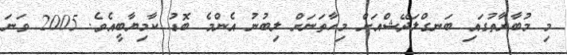
މި މުބާރާތުގައި ބަނގްލަދޭޝްއަށް މިހާތަނަށް ލިބުނު އެންމެ ބޮޑު ކާމިޔާބީއެވެ. 2005 ވަނަ